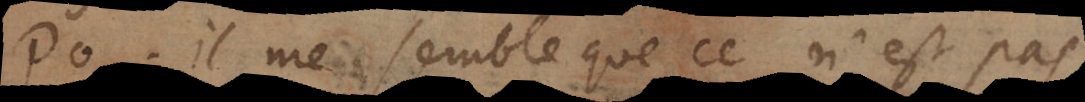
P. Il me semble que ce n’est pas